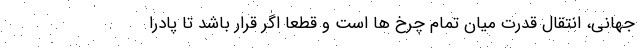
جهانی، انتقال قدرت میان تمام چرخ ها است و قطعا اگر قرار باشد تا پادرا